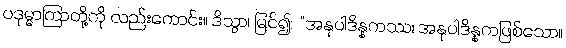
ပဒုမ္မာကြာတို့ကို လည်းကောင်း။ ဒိသွာ၊ မြင်၍။ “အနုပါဒိန္နကဿ၊ အနုပါဒိန္နကဖြစ်သော။